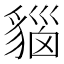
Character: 𧳦